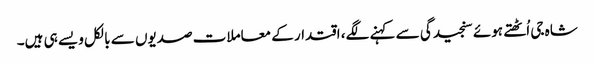
شاہ جی اُٹھتے ہوئے سنجیدگی سے کہنے لگے، اقتدار کے معاملات صدیوں سے بالکل ویسے ہی ہیں۔